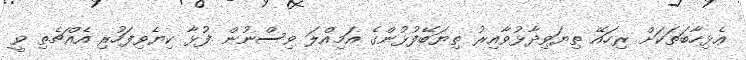
ޢެޅިހާބަތަކަށް ރިހައޭ ތިޔަވިދާޅުވާއިރު ތިޔަބޭފުޅުންގެ އަމިއްލަ ވިސްނުން ފުޅާ ކިޔެވިފަހުރި އެއްޗެތި ވީ